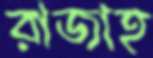
রাজাহ